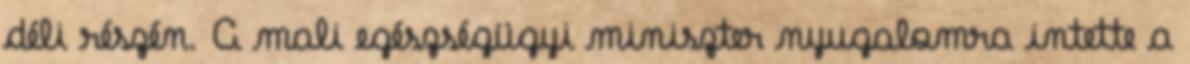
déli részén. A mali egészségügyi miniszter nyugalomra intette a